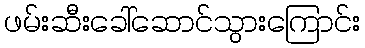
ဖမ်းဆီးခေါ်ဆောင်သွားကြောင်း